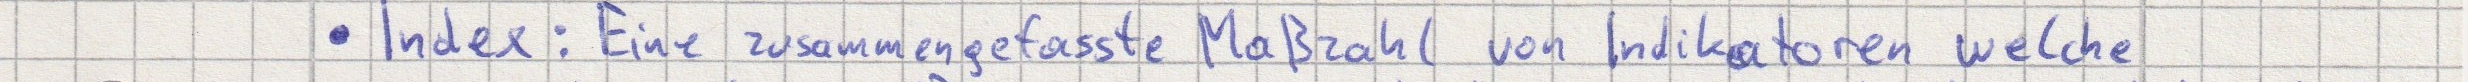
- Index: Eine zusammengefasste Maßzahl von Indikatoren welche